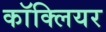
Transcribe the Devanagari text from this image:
काॅक्लियर